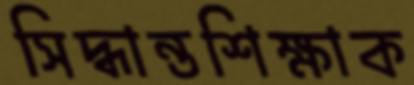
সিদ্ধান্তশিক্ষাক